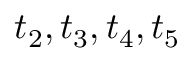
t _ { 2 } , t _ { 3 } , t _ { 4 } , t _ { 5 }